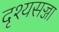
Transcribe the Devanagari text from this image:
दृश्यसज्जा